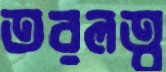
তরলত্ব